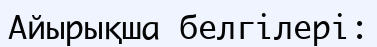
Айырықша белгілері: